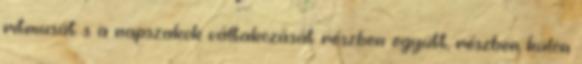
ritmusát s a napszakok váltakozását részben együtt, részben külön